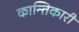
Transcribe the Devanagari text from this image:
कान्तिकारी